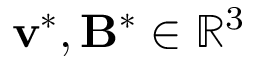
\mathbf { v } ^ { * } , \mathbf { B } ^ { * } \in \mathbb { R } ^ { 3 }